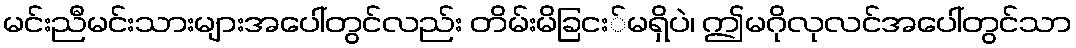
မင်းညီမင်းသားများအပေါ်တွင်လည်း တိမ်းမိခြငး်မရှိပဲ၊ ဤမဂိုလုလင်အပေါ်တွင်သာ